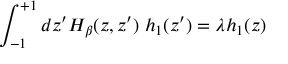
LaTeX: \int _ { - 1 } ^ { + 1 } d z ^ { \prime } H _ { \beta } ( z , z ^ { \prime } ) \; h _ { 1 } ( z ^ { \prime } ) = \lambda h _ { 1 } ( z )